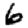
Digit: 6